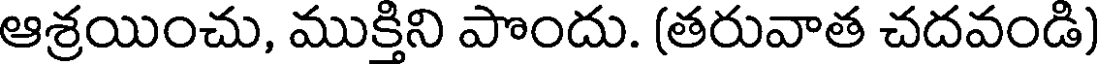
ఆశ్రయించు, ముక్తిని పొందు. (తరువాత చదవండి)